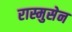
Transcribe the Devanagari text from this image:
रास्मुसेन